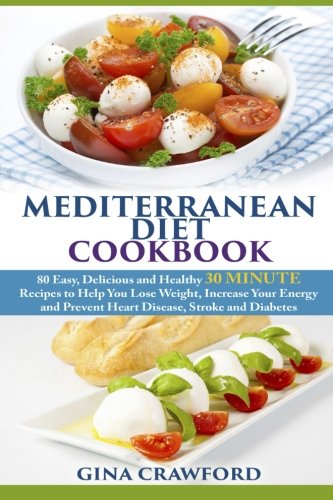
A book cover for Mediterranean Diet Cookbook: 80 Easy, Delicious and Healthy 30 MINUTE Recipes to Help You Lose Weight, Increase Your Energy and Prevent Heart Disease, Stroke and Diabetes; Gina Crawford; Health, Fitness & Dieting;